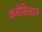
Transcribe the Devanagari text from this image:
कारेसिआन